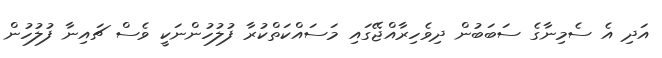
އަދި އެ ސެމިނާގެ ސަބަބުން ދިވެހިރާއްޖޭގައި މަސައްކަތްކުރާ ފުލުހުންނަކީ ވެސް ޗައިނާ ފުލުހުން